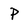
Character: P